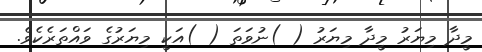
މީދާ މިޔަރު މީދާ މިޔަރު ( )ނުވަތަ ( )އަކީ މިޔަރުގެ ވައްތަރެކެވެ.